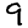
Digit: 9